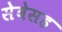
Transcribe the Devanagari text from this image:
सेवेसह